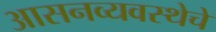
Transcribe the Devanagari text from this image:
आसनव्यवस्थेचे